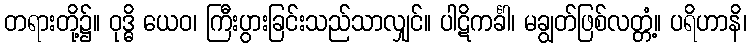
တရားတို့၌။ ဝုဒ္ဓိ ယေဝ၊ ကြီးပွားခြင်းသည်သာလျှင်။ ပါဋိကင်္ခါ၊ မချွတ်ဖြစ်လတ္တံ့။ ပရိဟာနိ၊